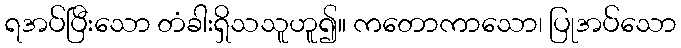
ရအပ်ပြီးသော တံခါးရှိသသူဟူ၍။ ကတောကာသော၊ ပြုအပ်သော